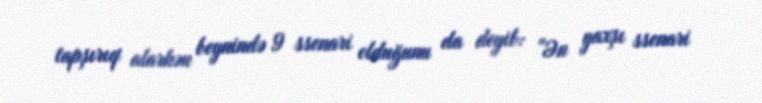
tapşırıq alarkən beynində 9 ssenari olduğunu da deyib: "Ən yaxşı ssenari